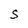
Character: S